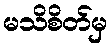
မသိစိတ်မှ